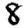
Digit: 8